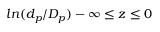
l n ( d _ { p } / D _ { p } ) - \infty \leq z \leq 0